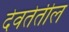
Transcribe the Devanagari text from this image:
देवतेतील